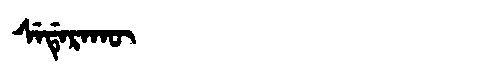
Manchu: ᠰᡝᡩᡝᡵᠠᡴᡡ
Romanization: SEDERAKŪ